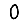
Digit: 0